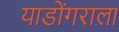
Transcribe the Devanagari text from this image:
याडोंगराला